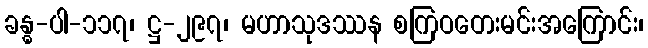
ခန္ဓ-ပါ-၁၁၇၊ ဋ္ဌ-၂၉၇၊ မဟာသုဒဿန စကြဝတေးမင်းအကြောင်း၊